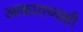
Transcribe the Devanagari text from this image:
आकाराच्याही